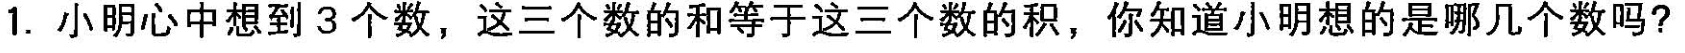
1. 小明心中想到3个数，这三个数的和等于这三个数的积，你知道小明想的是哪几个数吗?